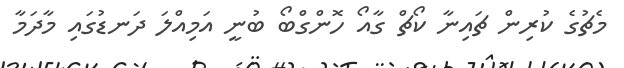
މެޗުގެ ކުރިން ޗައިނާ ކޯޗް ގާއޯ ހޮންގްބޯ ބުނީ އަމިއްލަ ދަނޑުގައި މާދަމާ